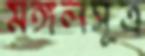
মঙ্গলসূত্র